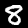
Digit: 8